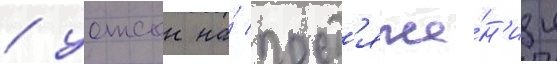
/ уотсон на́ прот'яже́н'ии